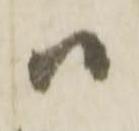
ハ